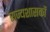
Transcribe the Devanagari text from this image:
राज्यशासकों